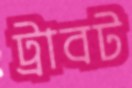
ট্রাবট